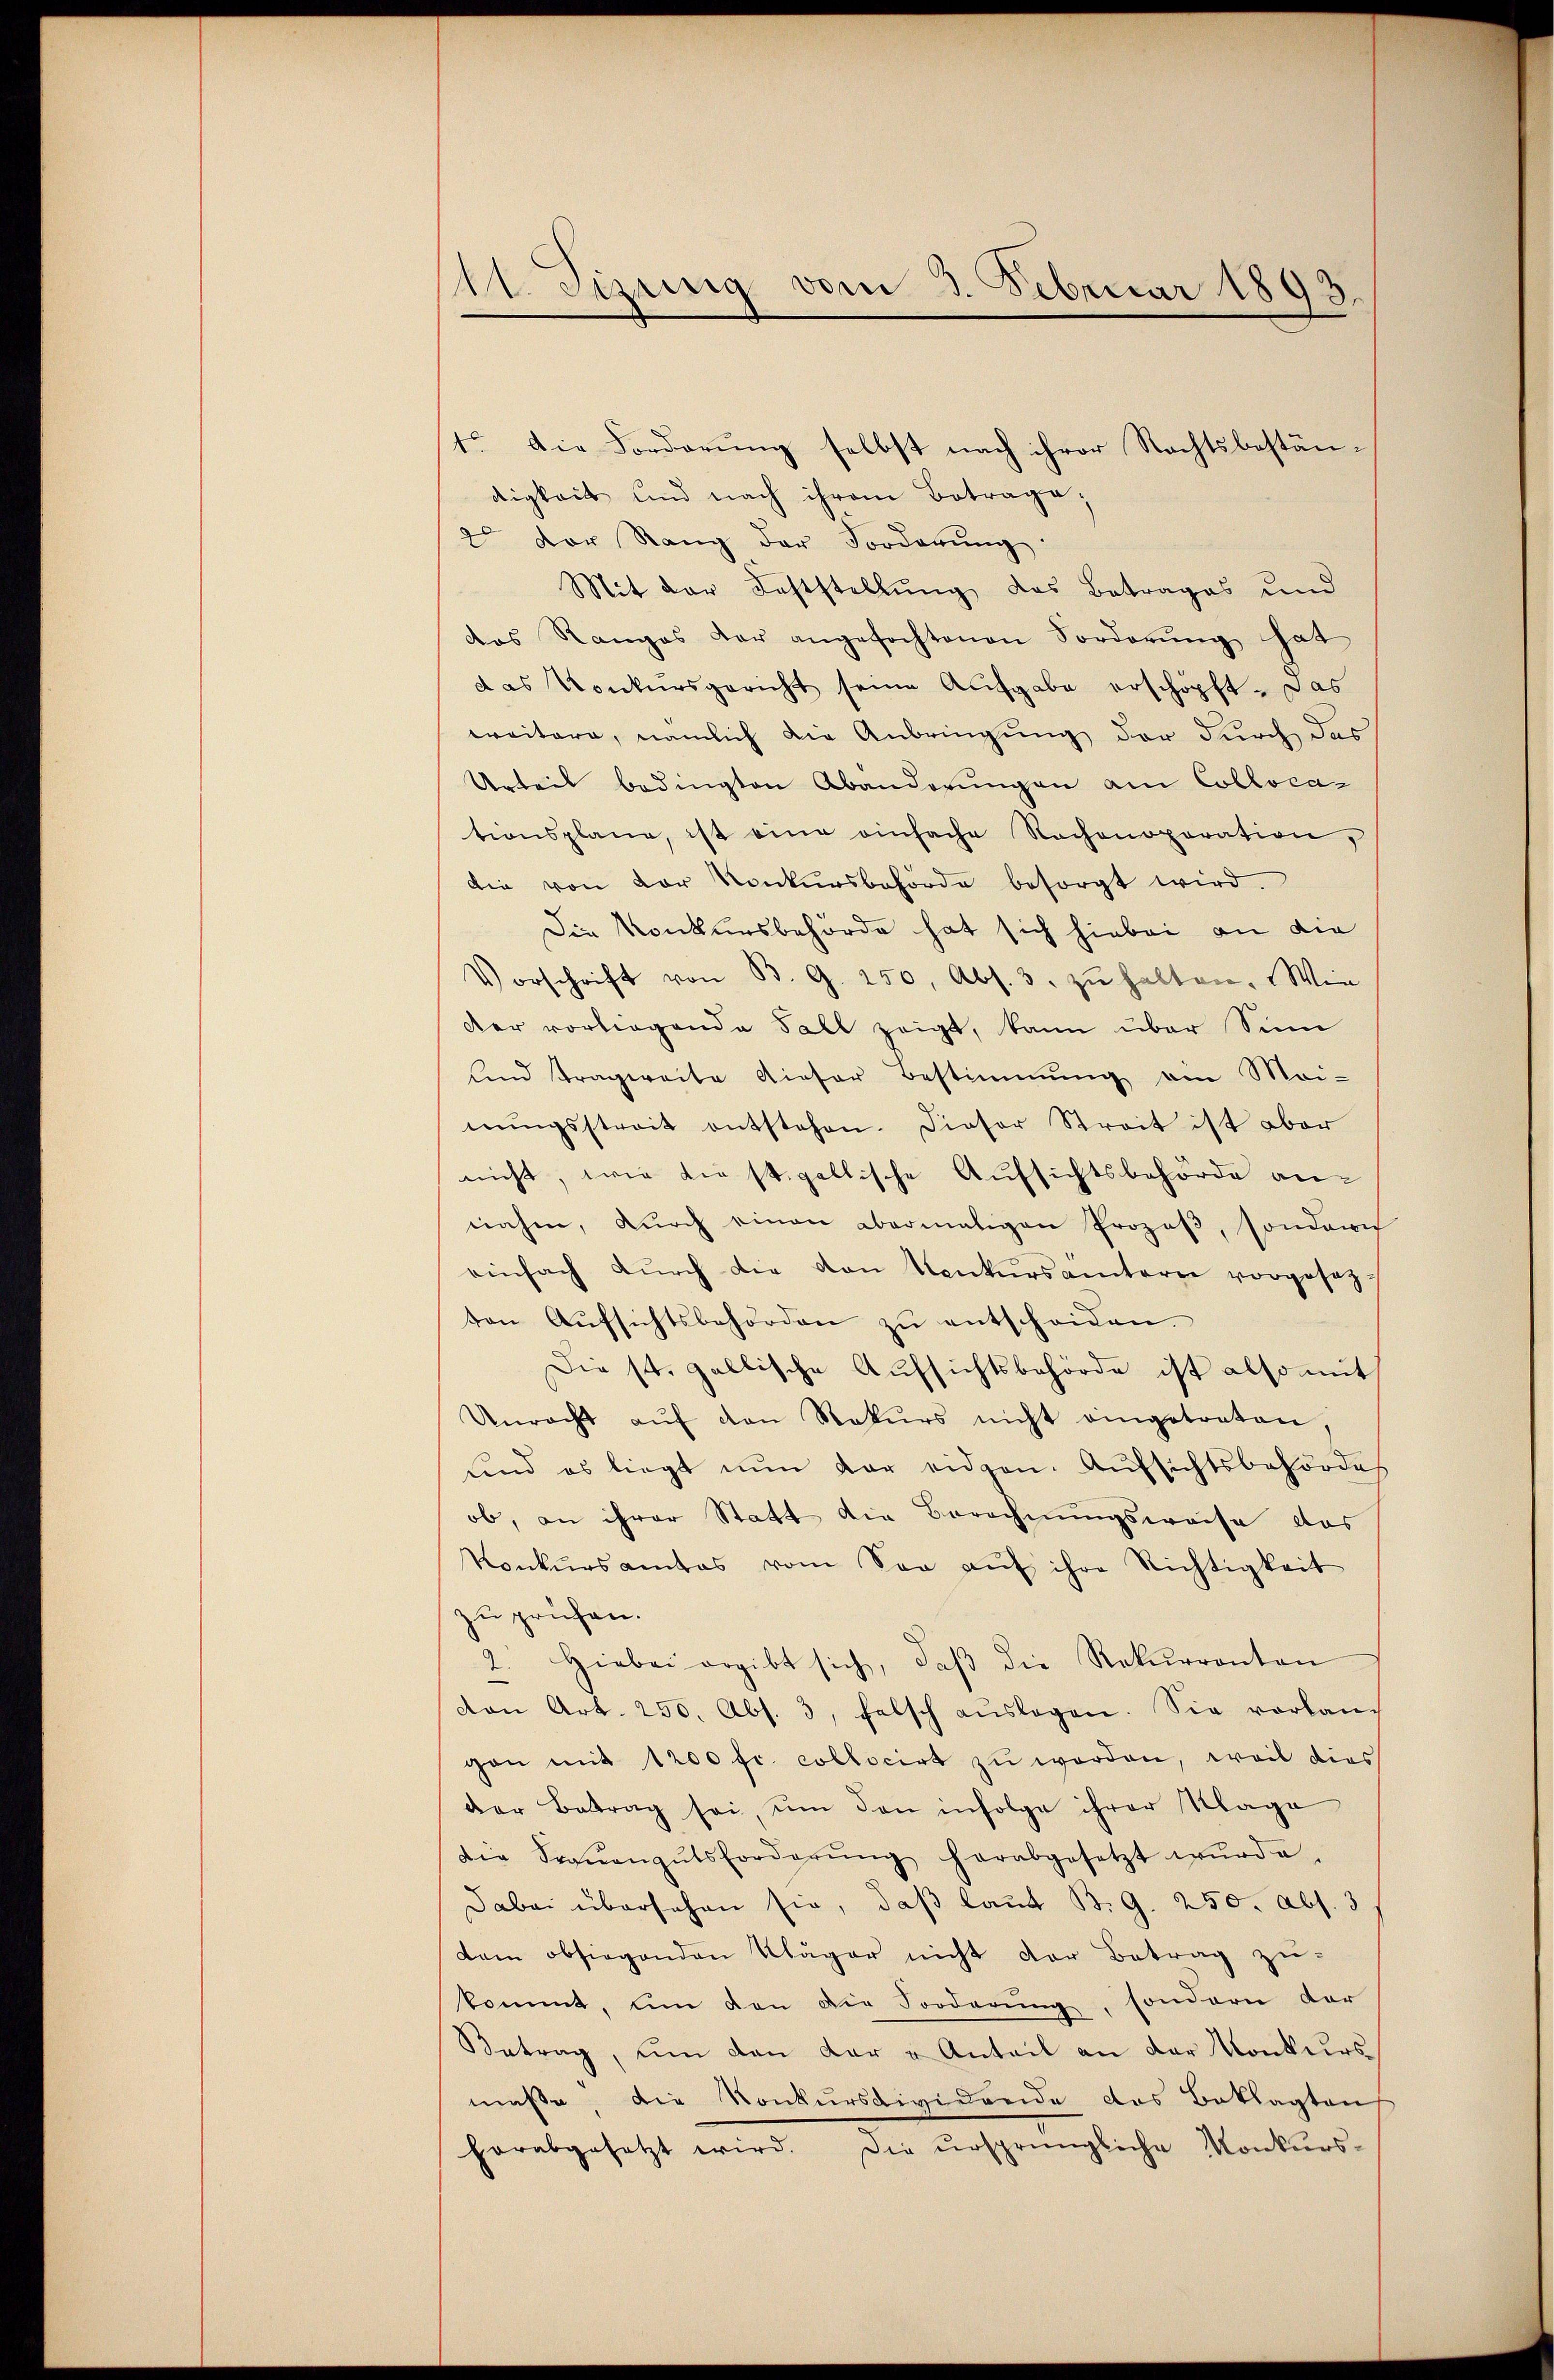
11. Jizung vom 3. Februar 1893

1o. Die Forderŭng selbst nach ihrer Rechtsbestän-
digkeit und nach ihrem Betrage,
2 der Rang der Forderŭng.
Mit der Feststellung des Betrages und
das Ranges der angefochtenen Forderŭng hat
das Konkursgericht seine Aufgabe erschöpft, das
weitere, nämlich die Anbringung der durch das
Urteil bedingten Abänderungen am Colloca-
tionsplane, ist eine einfache Rachenoporation,
die von der Konkursbehörde besorgt wird.
Die Konkursbehörde hat sich hiebei an die
Vorschrift von B. G. 250, Abs. 3. zŭ halten. Wie
der vorliegende Fall zeigt, kann über Sinn
unnd Tragweite dieser Bestimmung ein Mai-
nŭngsstreit entstehen. Dieser Streit ist aber
nicht, wie diest gallische Aufsichtsbehörde annahe, dŭrch einen abermaligen Prozeβ, sondern
einfach dŭrch die von Konkŭrsämtern vorgesetzton Aŭfsichtsbehörden zŭ entscheiden.
Die st. gallische Aufsichtsbehörde ist also mit
Unrecht aŭf den Rekŭrs nicht eingetreten,
und es liegt nŭn der eidgen. Aŭfsichtsbehördes
ob, an ihrer Statt die Berechnungsweise das
Konkŭrsamtes vom Saa aŭf ihre Richtigkeit
zu prüfen.
2. Hiebei ergibt sich, daβ die Rekurrenten
von Art. 250. Abs. 3, falsch aŭslagen. Sie vorlan-
gan mit 1200 fr. collocirt zu worden, weil dies
der Betrag sei, um den infolge ihrer Klage
die Frauengutsforderŭng herabgesetzt wŭrde.
Dabei übersehen sie, daß laut B. G. 250. Abs. 3
dam obsiegenden Kläger nicht der Betrag zukommt, um den die Forderung, sondern der
Betrag, um den dar u Anteil an der Konkurs
maße die Konkursdividende das Beklagten
herabgesetzt wird. Die ursprüngliche Konkurs-